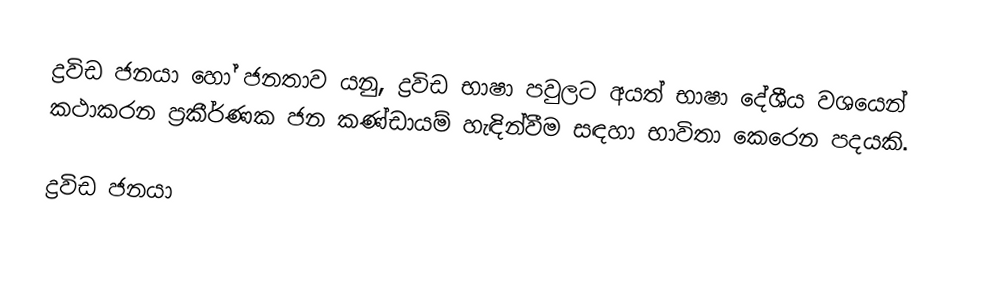
ද්‍රවිඩ ජනයා හෝ ජනතාව යනු,   ද්‍රවිඩ භාෂා පවුලට අයත් භාෂා දේශීය වශයෙන් කථාකරන ප්‍රකීර්ණක ජන කණ්ඩායම් හැඳින්වීම සඳහා භාවිතා කෙරෙන පදයකි.

ද්‍රවිඩ ජනයා